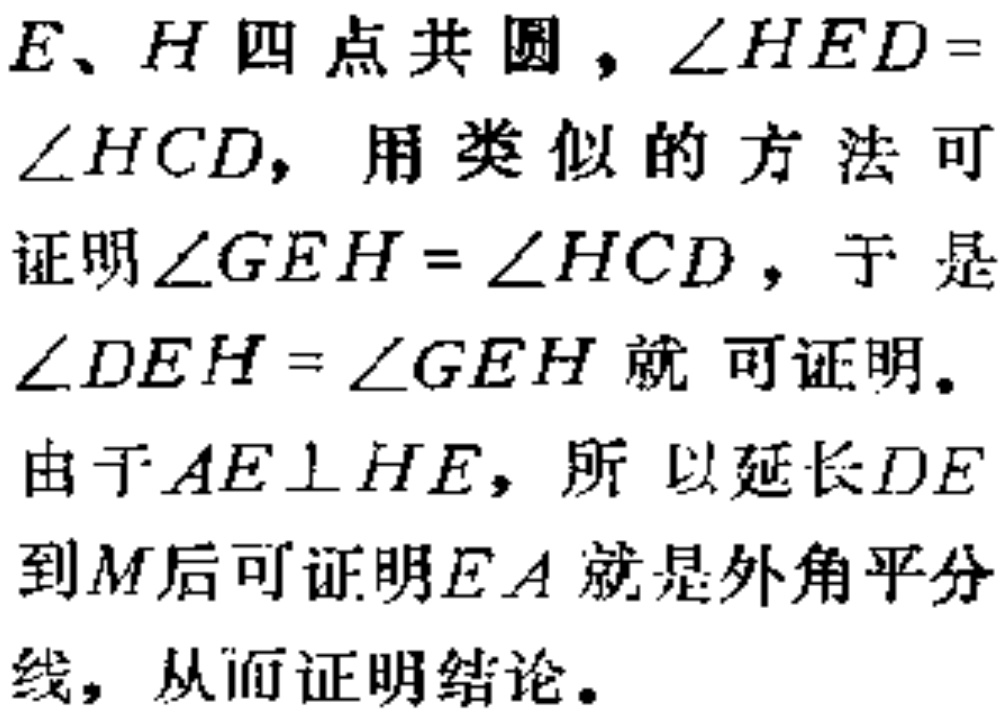
$E、H$四点共圆，$\angle HED = \angle HCD$，用类似的方法可证明$\angle GEH = \angle HCD$，于是$\angle DEH = \angle GEH$就可证明。
由于$AE\perp HE$，所以延长$DE$到$M$后可证明$EA$就是外角平分线，从而证明结论。